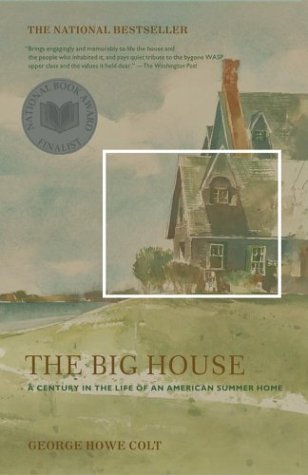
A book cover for The Big House: A Century in the Life of an American Summer Home; George Howe Colt; Biographies & Memoirs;